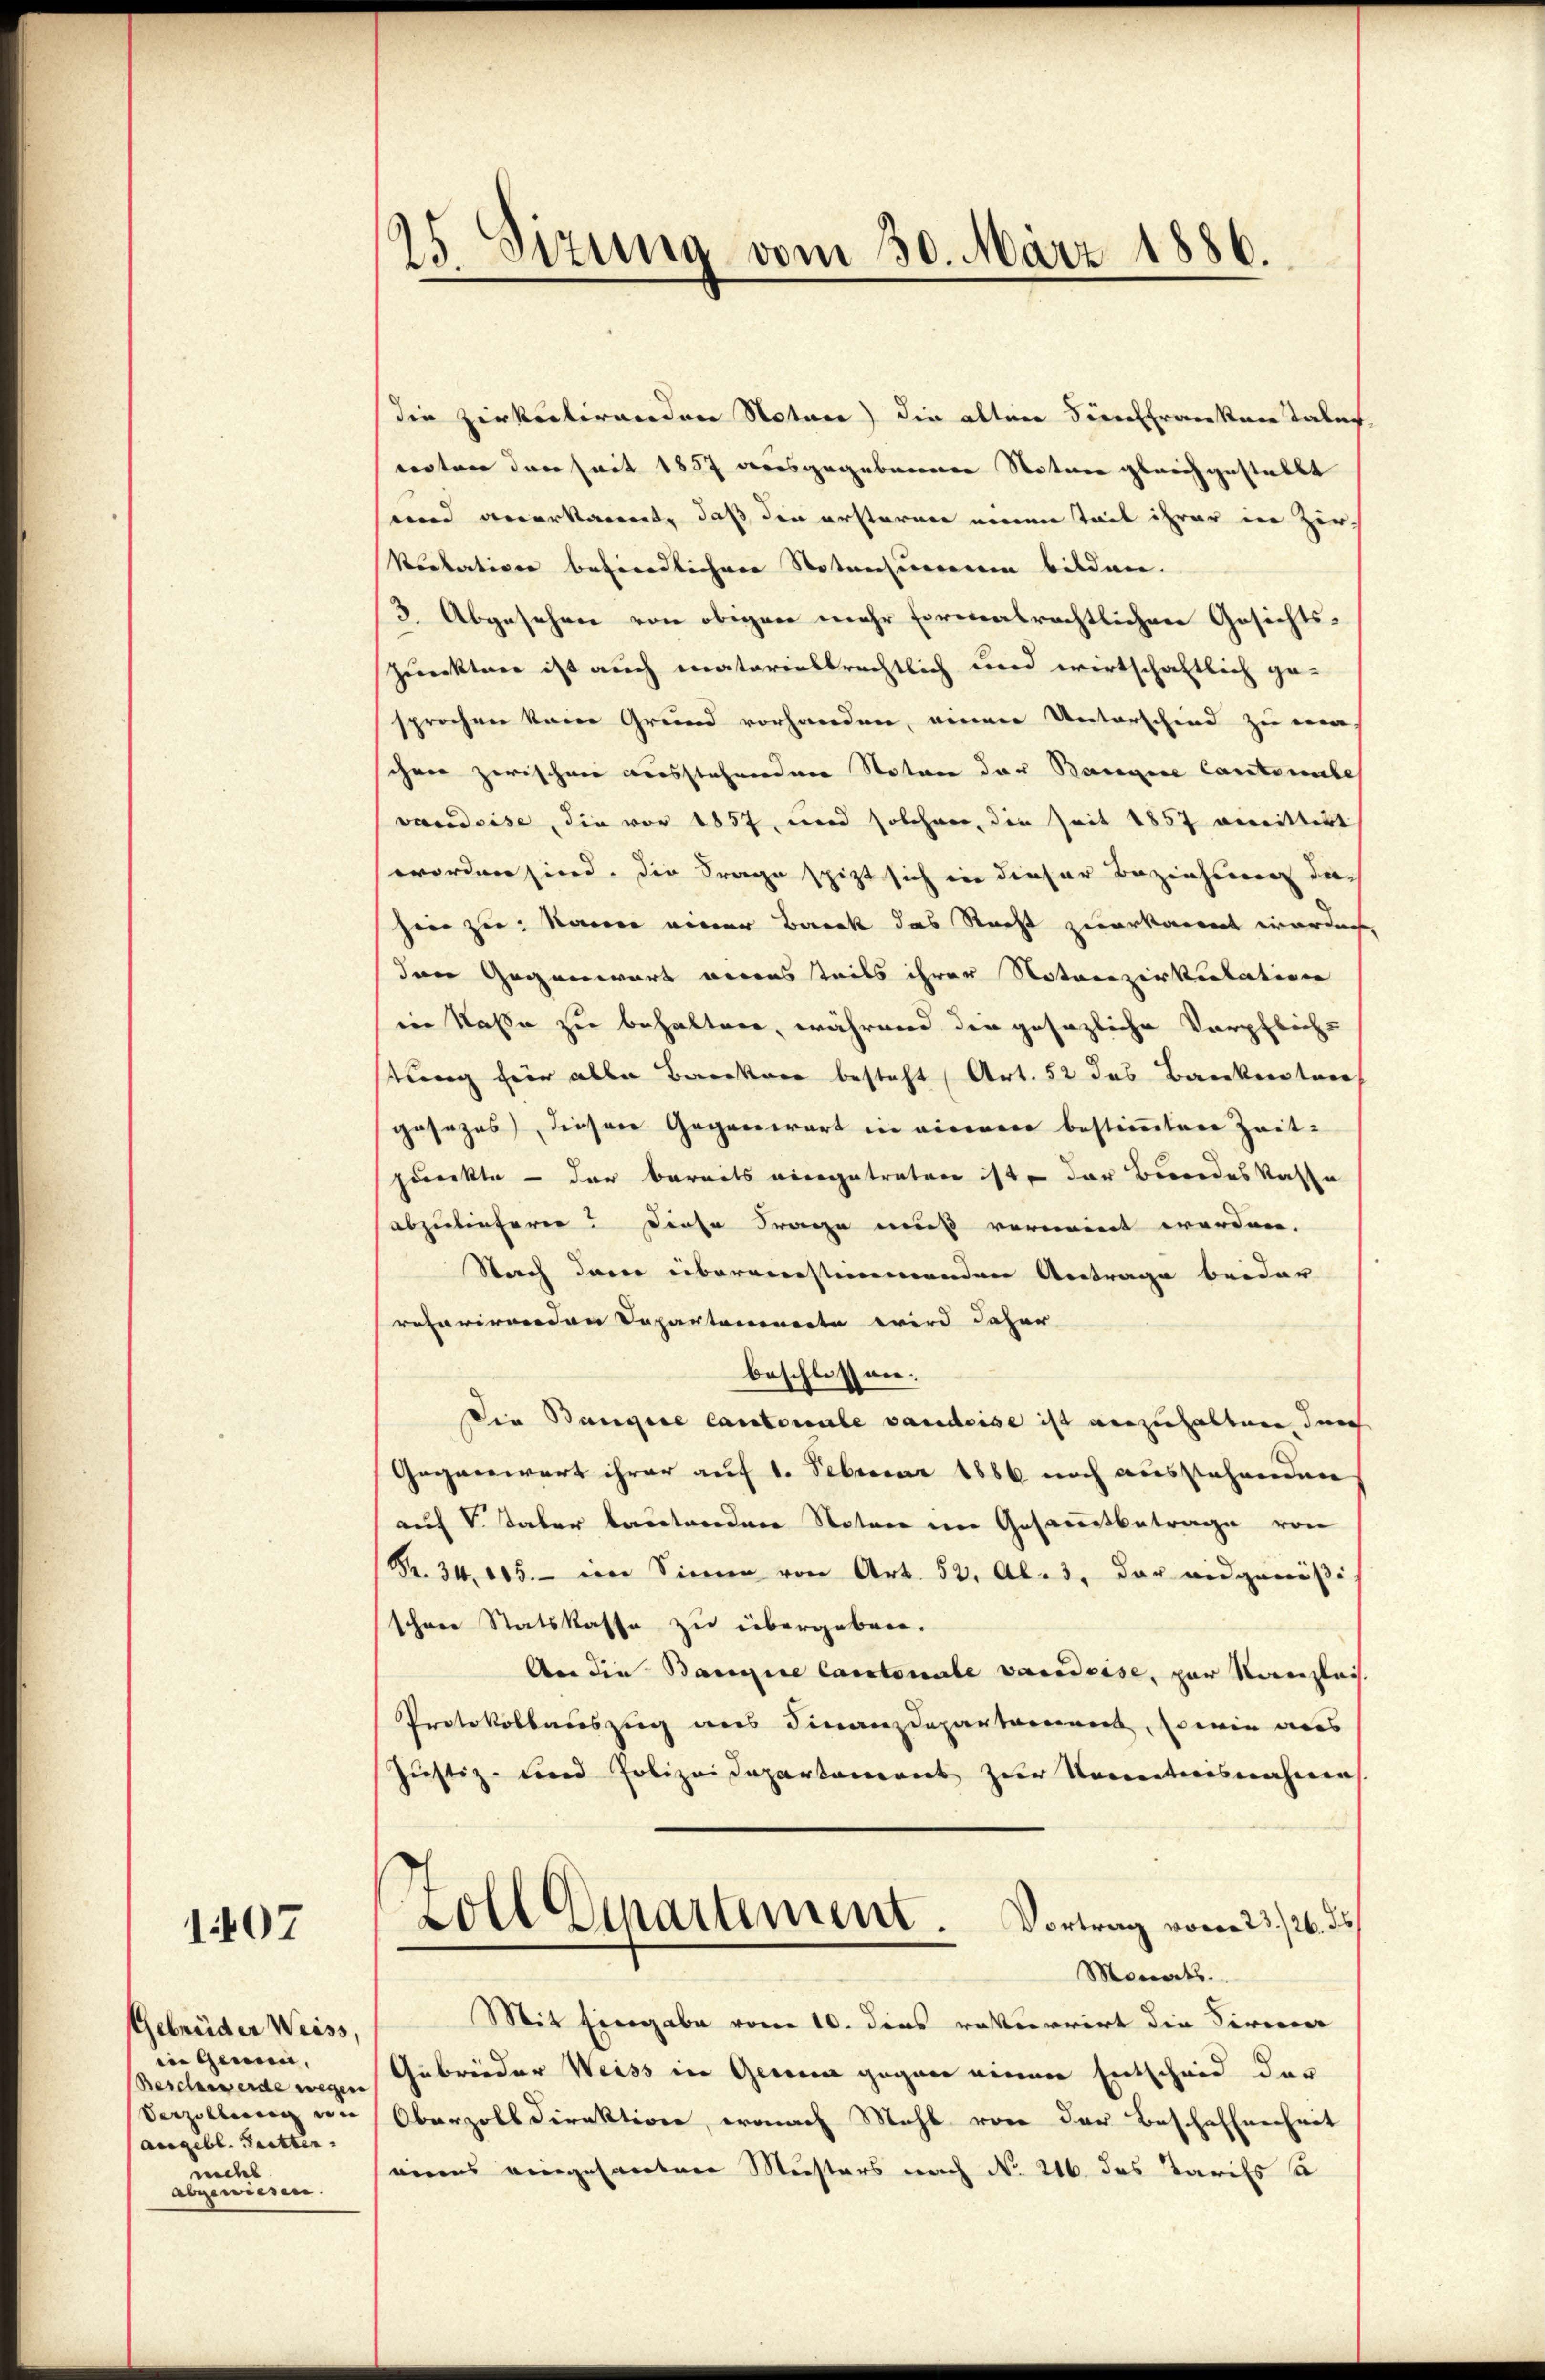
1407

Gebrüder Weiss,
in Gemein,
Beschasserde wegen
Verzöllung von
(angebl. Tritten.
nicht
abgeniesen.

25. Sizung vom 30. März 1886.

die Zirkulirenden Notar) die alten Sie franken Tales,
renten den seit 1857 deresgegebenen Notare gleichgestellt
und anerkannt, daß die ersterner neuen Teil ihrer in Zir-
Rotation befindlichen Notensumverein bilden.
(3. Abgesehen von obigen mehr Firmatrechtlichen Gesichts¬
Zurcktere ist auch materiabbrechtlich und wirtschaftlich ge-
sprochen kain Grund vorhanden, einer Unterschied zu ma-
schnee zwischen ausstehenden Notare der Baregene Cantonenbe
varadeise, die vor 1857, und solchen, die Zeit 1857 vereittert
worden hierd. Die Frage spitzt sich in dieser Beziehung da
heer zu Narre einer Barck das Recht zuerkannt werden
den Gegenwart werensteils ihrer Notarezirkentation
in Kasse zu behalten, während die gesezliche Verpfliche
stung hier aller Barkere besteht, Art. 52 das Bankenstan
gesezes diesen Gegenwart in vierere bestimmten Zeit-
pueckte - der bereits eingetreten ist, der Bundes Kaste
abzuliefern u diese Frage muß vornennt worden.
Nach dann übereinstimmenden Antrage beider
rafarirenden Departanenerte wird daher
beschlossen.
Die Bangire Cantonale vaudeise ist einzuhalten, durch
Gegenwart ihrer auf 1. Februar 1886 noch ausstehenden
auf V Taber lautenden Notare im Gesammtbetrage von
Fr. 34. 105. - im Sinnen von Art. 52, Al. 3, der eidgenößi
schene Statskasse zu übergeben.
An die Baurice Cantonale vacadeise, par Verenzleis
Protokollauszug aus Finanzdepartariiert, sowie aus
Justiz-Fond Polizei Departement zur Kenntnisnahmen
Zoll Departement Vortrag vom 23./26. ds
Monats.
Mit Eingabe vom 10. dies rekurrirt die Serierer
Gubrieder Weiss in Genua gegen einer Entscheid der
Oberzolldirektione, wonach Mehl von der Beschaffenheit
mens eingesanten Musters nach No. 216. das Tarifs a